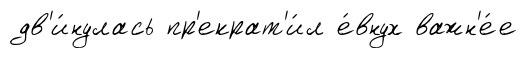
дв'и́нулась пр'екрат'и́л е́внух важн'е́е